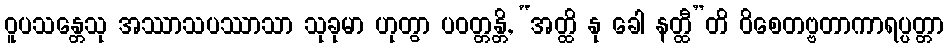
ဝူပသန္တေသု အဿာသပဿာသာ သုခုမာ ဟုတွာ ပဝတ္တန္တိ, “အတ္ထိ နု ခေါ နတ္ထီ”တိ ဝိစေတဗ္ဗတာကာရပ္ပတ္တာ